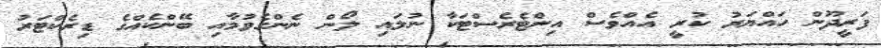
ފަރީދޫން ހައްޔަރު ކުރީ އެއްވެސް އިންޓެރެސްޓަކާ ނުލައި ލޯން ނެންގެވުމާއި ބޭންކެއްގެ ޑިރެކްޓަރު